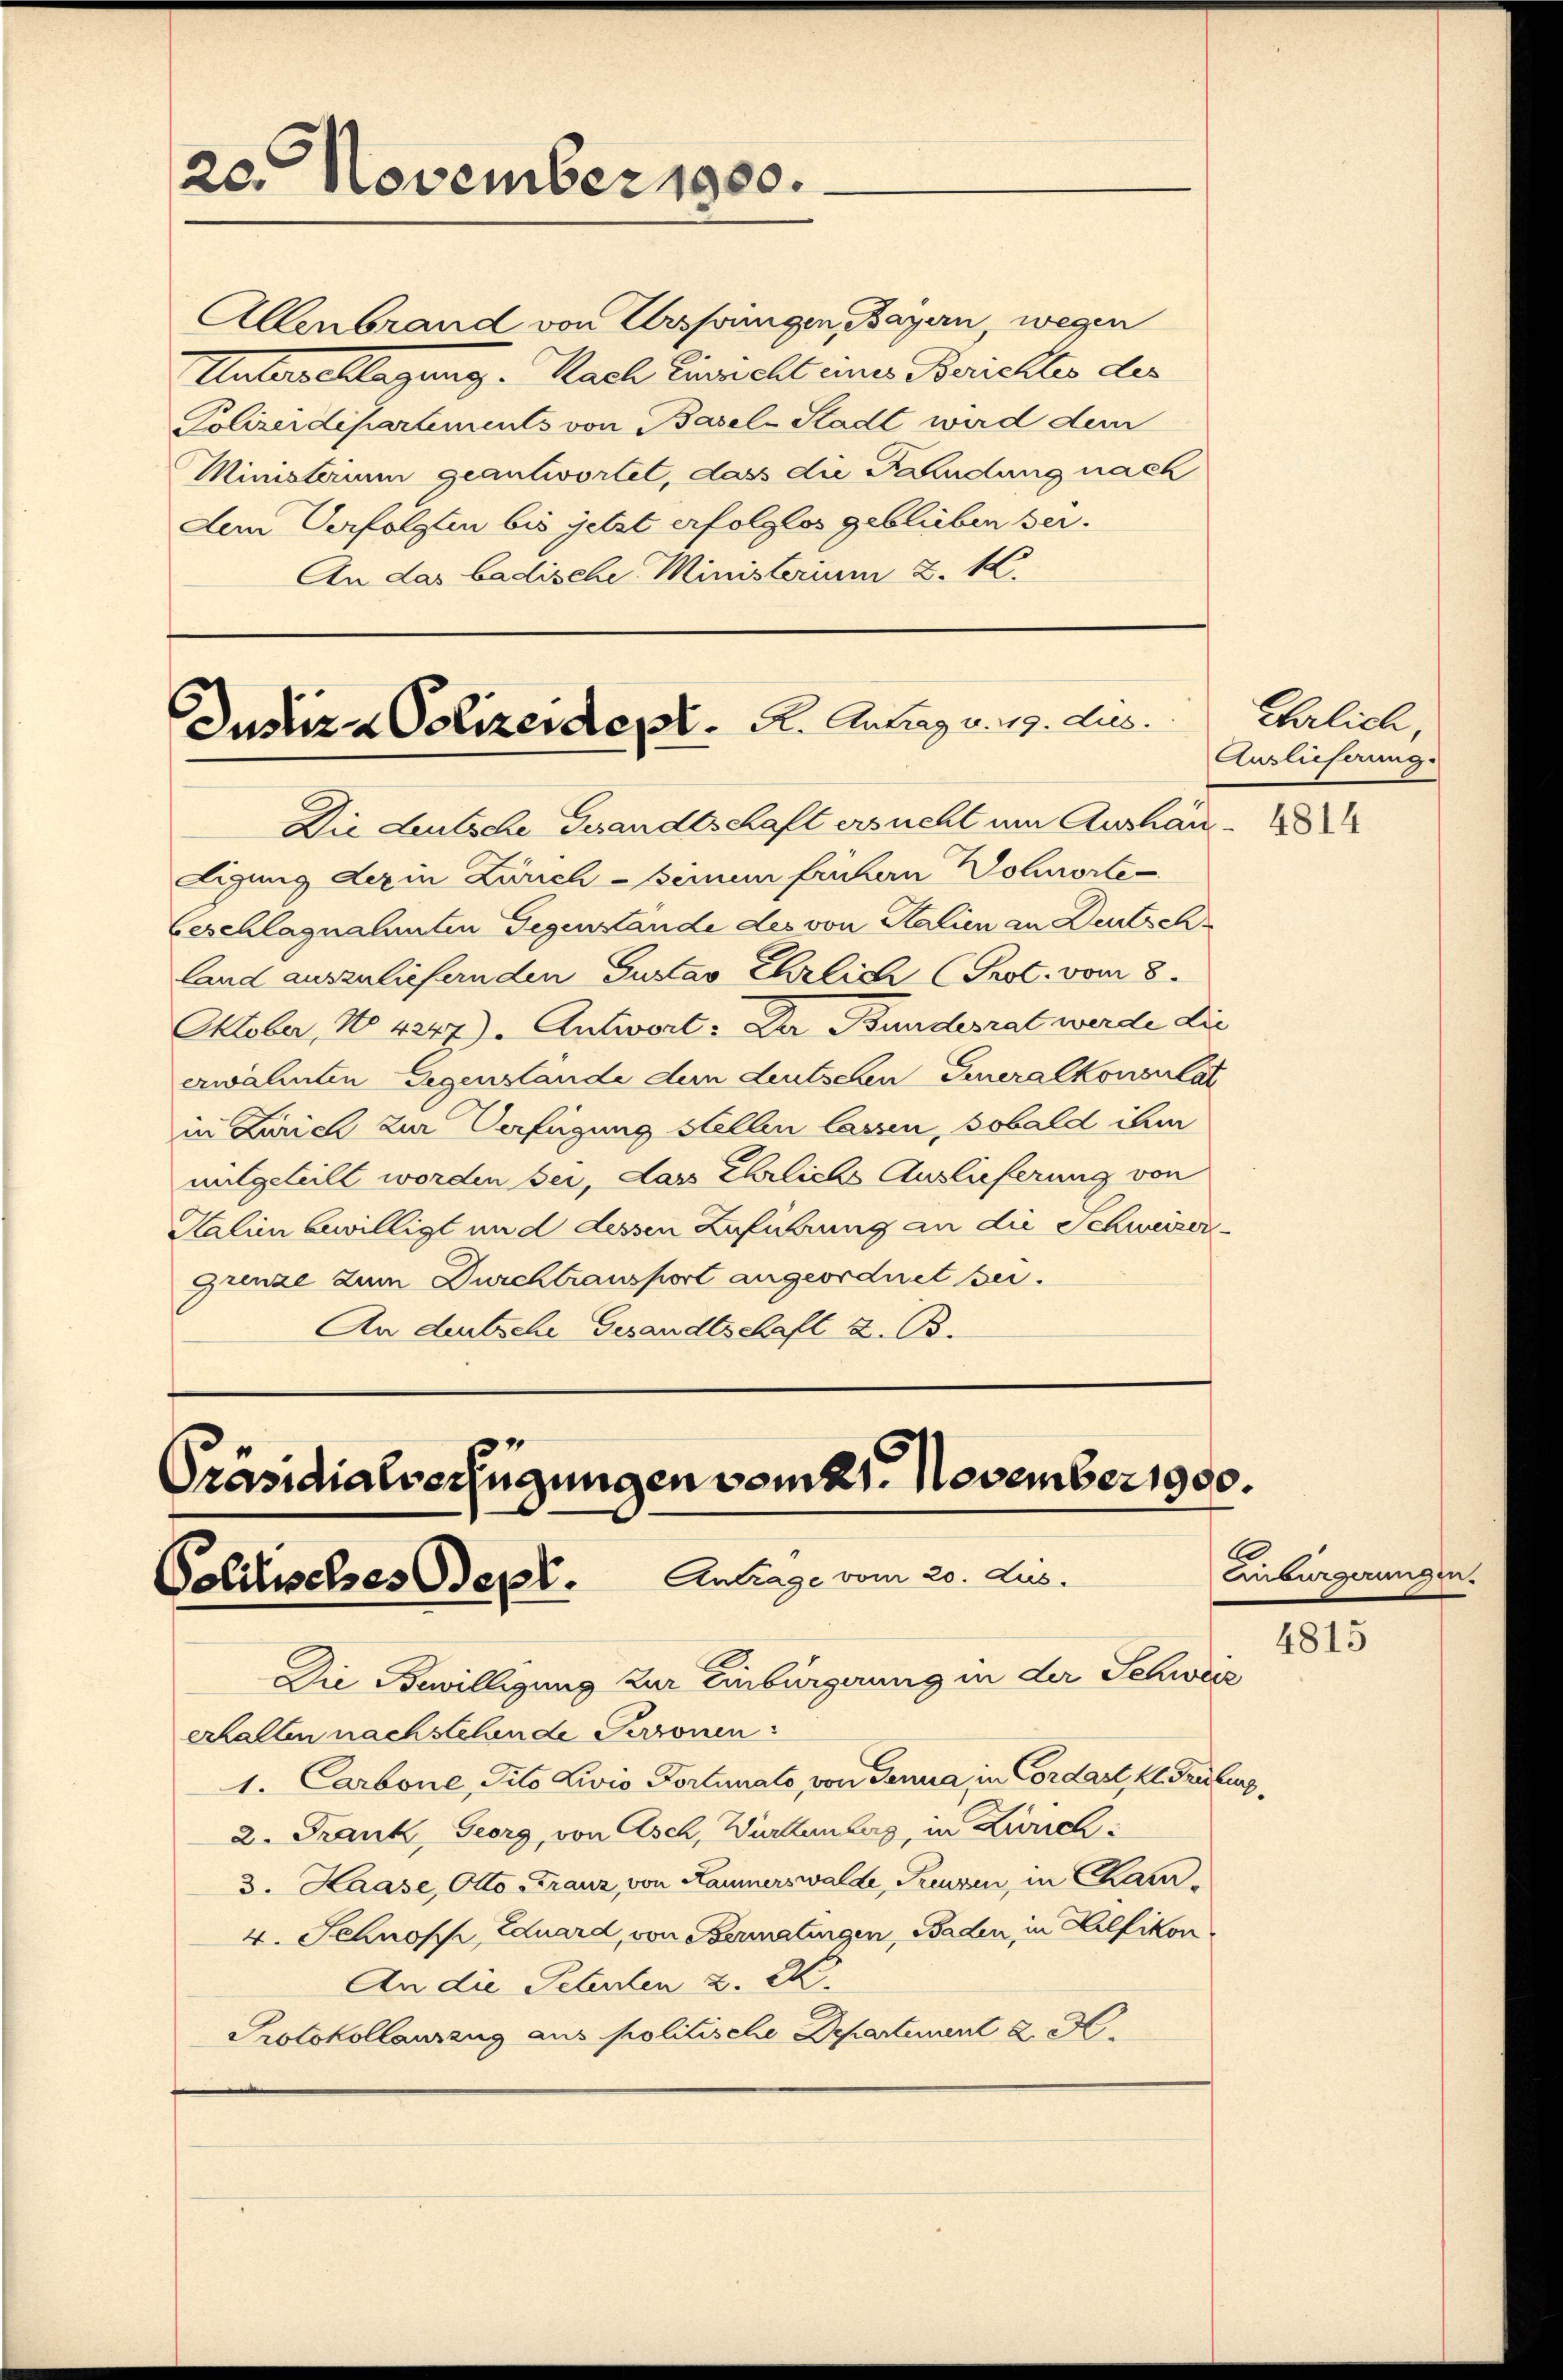
20. November 1900.

Allenbrand von Urspringen, Bayern, wegen
Unterschlagung. Nach Einricht einer Berichter der
Polizeidepartements von Basel-Stadt wird dem
Ministerium geantwortet, dass die Kündung nach
dem Verfolgten bis jetzt erfolglos geblieben sei.
An das badische Ministerium 2. K.

Justiz & Polizeidet. A. Antrag v. 19. dies
Die deutsche Gesandtschaft ersucht um Aushän¬

Präsidialverfügungen vom 21. November 1900.
Politisches Sept. Antrage vom 20. Jus.

digung der in Zürich seinem frühern Wohnorte
Geschlagnalenten Gegenstande des von Stalien an Deutsch
land auszuliefernden Gustav Ehrlich (Prot. vom 8.
Oktober, No 4247). Antwort: Der Bundesrat werde die
erwähnten Gegenstände dem deutschen Generalkonsulat
in Zürich zur Verfügung stellen lassen, sobald ihm
mitgeteilt worden bei, das Ehrliche Auslieferung von
Kalien bewilligt und dessen Zuführung an die Schweizer-
Grenze zum Durchtransport angeordnet sei.
An deutsche Gesandtschaft z. B.

Die Bewilligung zur Einbürgerung in der Schweiz
erhalten nachstehende Personen:
1. Carbone, Tito Livis Dortunato, von Genua in Cordart, kl. Gruburg,
2. Frank, Georg, von Asch, Wirtenburg, in Zürich:
3. Haase, Otto Franz, von Lammerswalde, Preusen, in Cham¬
4. Schnopp, Eduard, von Bermatingen, Baden, in Zulfikon
An die Petenten Z. 2
Protokollauszug aus politische Departement a M.

Ehrlich,
Auslieferung.

Eiburgerunge

4814

4815